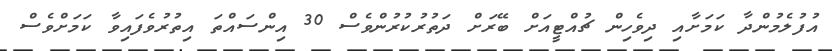
އުފުލެމުންދާ ކަމަށާއި ދިވެހިން ޗުއްޓީއަށް ބޭރަށް ދަތުރުކުރުންވެސް 30 އިންސައްތަ އިތުރުވެފައިވާ ކަމަށްވެސް